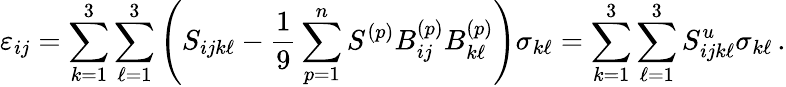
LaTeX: \varepsilon_{ij}=\sum_{k=1}^{3}\sum_{\ell=1}^{3}\left(S_{ijk\ell}-\frac{1}{9}\sum_{p=1}^{n}S^{(p)}B_{ij}^{(p)}B_{k\ell}^{(p)}\right)\sigma_{k\ell}=\sum_{k=1}^{3}\sum_{\ell=1}^{3}S_{ijk\ell}^{u}\sigma_{k\ell}\, .